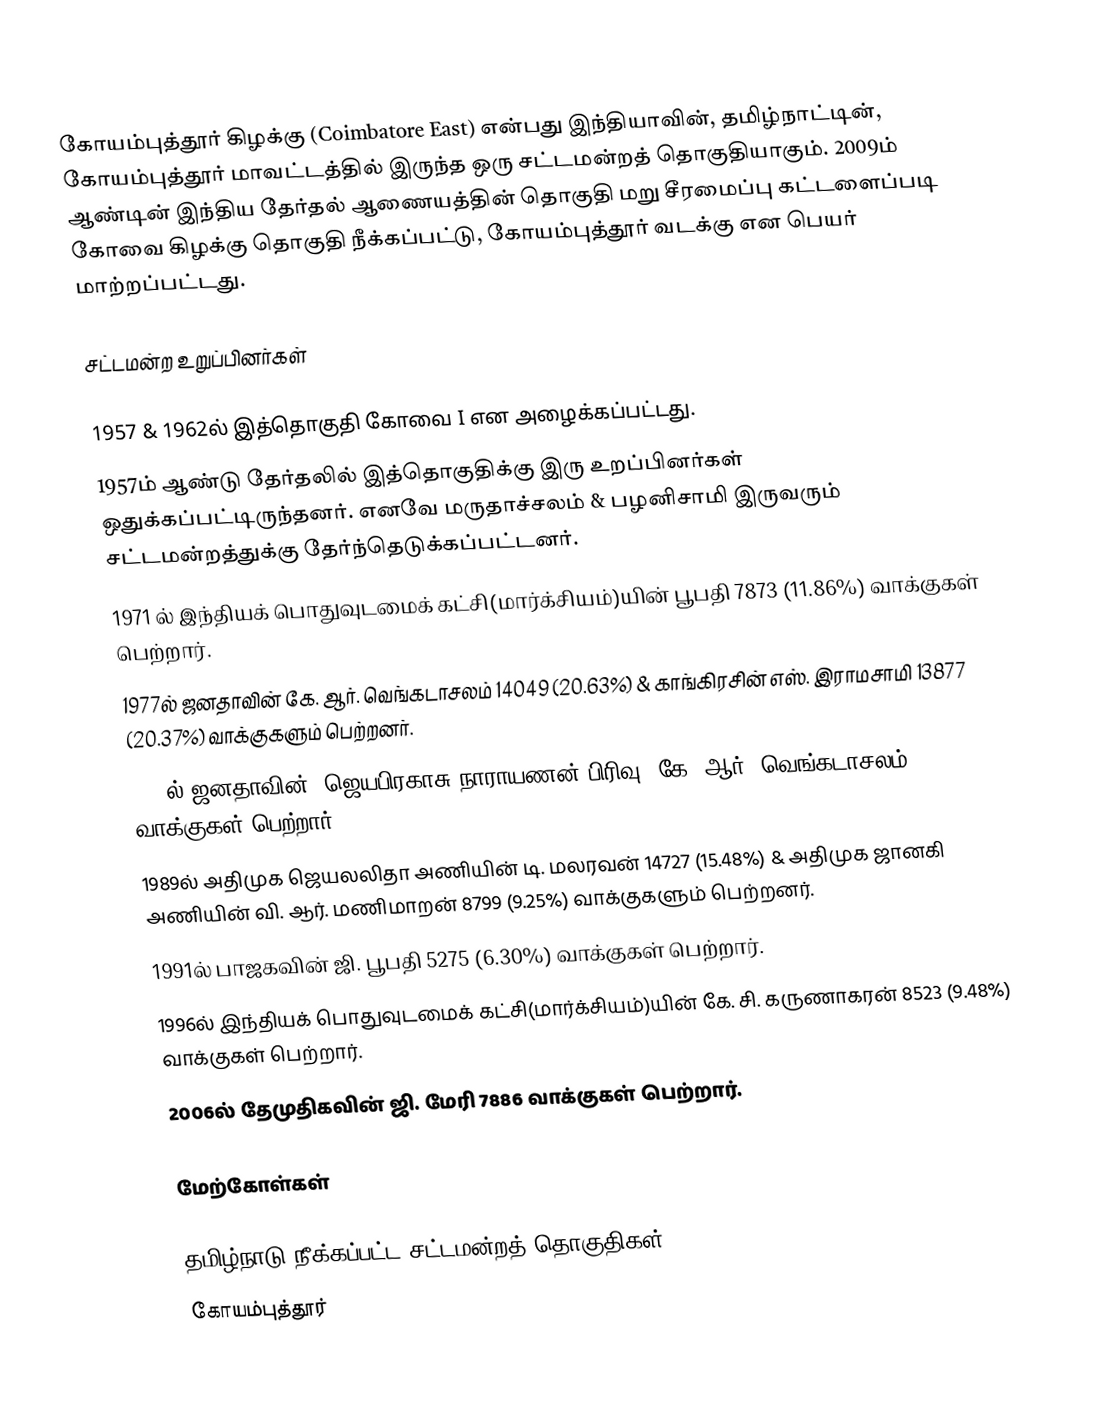
கோயம்புத்தூர் கிழக்கு (Coimbatore East) என்பது இந்தியாவின், தமிழ்நாட்டின், கோயம்புத்தூர் மாவட்டத்தில் இருந்த ஒரு சட்டமன்றத் தொகுதியாகும்.  2009ம் ஆண்டின் இந்திய தேர்தல் ஆணையத்தின் தொகுதி மறு சீரமைப்பு கட்டளைப்படி கோவை கிழக்கு தொகுதி நீக்கப்பட்டு, கோயம்புத்தூர் வடக்கு என பெயர் மாற்றப்பட்டது.

சட்டமன்ற உறுப்பினர்கள்

 1957 & 1962ல் இத்தொகுதி கோவை I என அழைக்கப்பட்டது.
 1957ம் ஆண்டு தேர்தலில் இத்தொகுதிக்கு இரு உறப்பினர்கள் ஒதுக்கப்பட்டிருந்தனர். எனவே மருதாச்சலம் & பழனிசாமி இருவரும் சட்டமன்றத்துக்கு தேர்ந்தெடுக்கப்பட்டனர்.
 1971 ல் இந்தியக் பொதுவுடமைக் கட்சி(மார்க்சியம்)யின் பூபதி 7873 (11.86%) வாக்குகள் பெற்றார்.
 1977ல் ஜனதாவின்  கே. ஆர். வெங்கடாசலம் 14049 (20.63%) & காங்கிரசின்  எஸ். இராமசாமி 13877 (20.37%)  வாக்குகளும் பெற்றனர்.
 1980ல் ஜனதாவின் (ஜெயபிரகாசு நாராயணன் பிரிவு) கே. ஆர். வெங்கடாசலம் 5406 (7.29%) வாக்குகள் பெற்றார்.
 1989ல் அதிமுக ஜெயலலிதா அணியின் டி. மலரவன் 14727 (15.48%)  & அதிமுக ஜானகி அணியின் வி. ஆர். மணிமாறன் 8799 (9.25%) வாக்குகளும் பெற்றனர்.
 1991ல் பாஜகவின் ஜி. பூபதி 5275 (6.30%) வாக்குகள் பெற்றார்.
 1996ல் இந்தியக் பொதுவுடமைக் கட்சி(மார்க்சியம்)யின் கே. சி. கருணாகரன் 8523 (9.48%) வாக்குகள் பெற்றார்.
 2006ல் தேமுதிகவின் ஜி. மேரி 7886 வாக்குகள் பெற்றார்.

மேற்கோள்கள்

தமிழ்நாடு நீக்கப்பட்ட சட்டமன்றத் தொகுதிகள்
கோயம்புத்தூர்